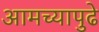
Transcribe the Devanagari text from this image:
आमच्यापुढे